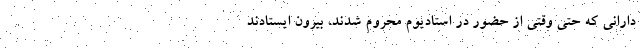
دارانی که حتی وقتی از حضور در استادیوم محروم شدند، بیرون ایستادند